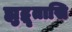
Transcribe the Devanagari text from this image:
ह्युद्धृतासि